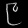
Digit: ၉